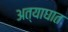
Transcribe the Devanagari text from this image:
अत्याघात